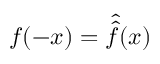
f ( - x ) = { \widehat { \widehat { f } } } ( x )